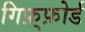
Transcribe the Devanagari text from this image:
गिफ़्फ़ोर्ड